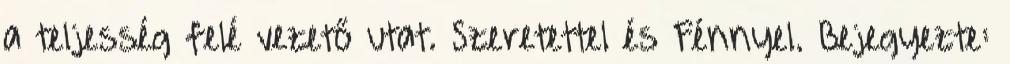
a teljesség felé vezető utat. Szeretettel és Fénnyel. Bejegyezte: